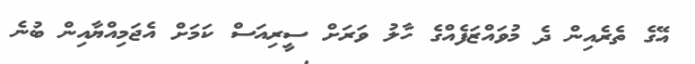
އޭގެ ތެރެއިން ދެ މުވައްޒަފެއްގެ ހާލު ވަރަށް ސީރިއަސް ކަމަށް އެޖަމިއްޔާއިން ބުނެ